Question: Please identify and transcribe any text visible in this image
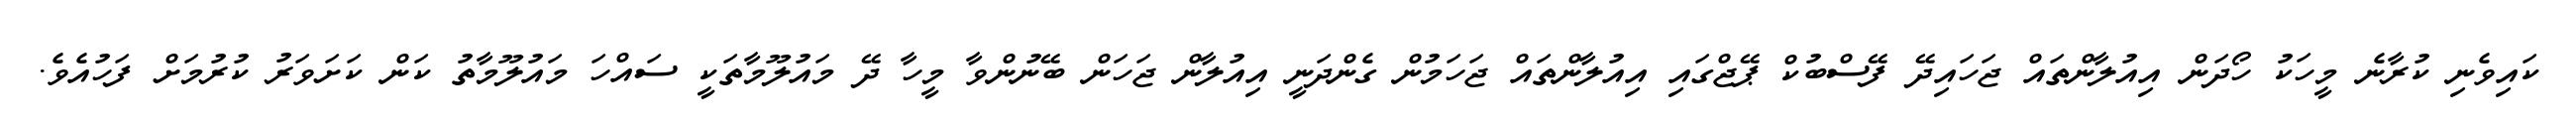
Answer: ކައިވެނި ކުރާނެ މީހަކު ހޯދަން އިއުލާންތައް ޖަހައިދޭ ފޭސްބުކް ޕޭޖްގައި އިއުލާންތައް ޖަހަމުން ގެންދަނީ އިއުލާން ޖަހަން ބޭނުންވާ މީހާ ދޭ މައުލޫމާތަކީ ސައްހަ މައުލޫމާތު ކަން ކަށަވަރު ކުރުމަށް ފަހުއެވެ.